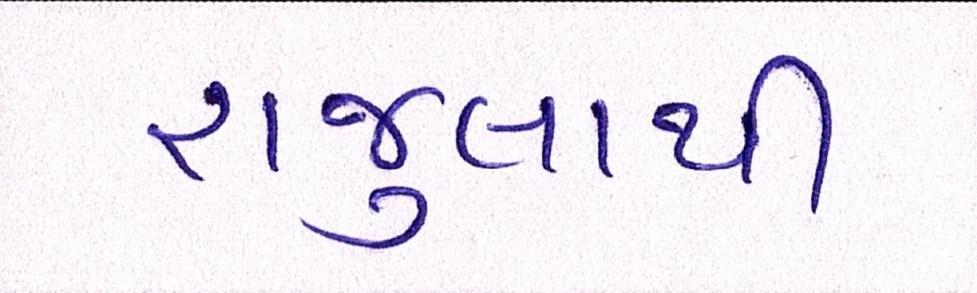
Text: રાજુલાથી